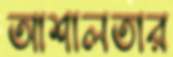
আশালতার